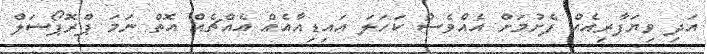
އަދި ވިޔަފާރިއެއް ފެށުމަށް އެއްވެސް ކަހަލަ އައިޑިއާއެއްް އެއްޗެއް އޮތް ނަމަ ޕްރޮޕޯސަލް